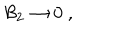
{ \cal B } _ { 2 } \rightarrow 0 \ ,